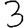
Digit: 3